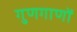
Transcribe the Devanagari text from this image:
गुणगाणों